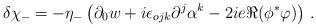
LaTeX: \begin{align*}\delta \chi_-=-\eta_- \left( \partial_0 w +i\epsilon_{ojk}\partial^j \alpha^k -2i e \Re ( \phi^* \varphi ) \right) \,.\end{align*}